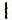
1